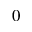
0